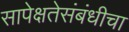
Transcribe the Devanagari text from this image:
सापेक्षतेसंबंधीचा